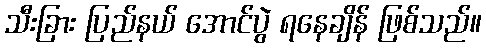
သီးခြား ပြည်နယ် အောင်ပွဲ ရနေချိန် ဖြစ်သည်။